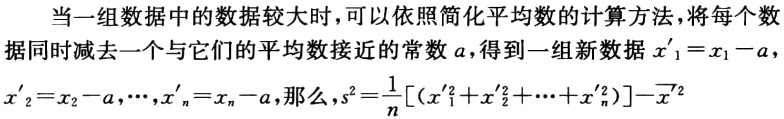
当一组数据中的数据较大时，可以依照简化平均数的计算方法，将每个数据同时减去一个与它们的平均数接近的常数\(a\)，得到一组新数据\(x_1^\prime = x_1 - a\)，\(x_2^\prime = x_2 - a\)，\(\cdots\)，\(x_n^\prime = x_n - a\)，那么，\(s^2=\frac{1}{n}[(x_1^{\prime 2}+x_2^{\prime 2}+\cdots +x_n^{\prime 2})]-\overline{x^{\prime}}^2\)